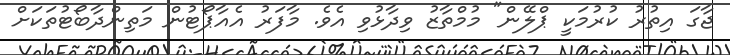
ޖާގަ އިތުރު ކުރުމަކީ ޕްލޭން" މުމްތާޒު ވިދާޅުވި އެވެ. މާފަރު އެއާޕޯޓުން މަތިންދާބޯޓުތަކަށް